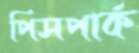
পিসপার্ক